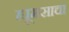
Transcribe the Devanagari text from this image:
ह्यूमसाचा